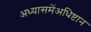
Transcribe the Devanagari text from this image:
अध्यासमेंअधिष्टान